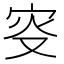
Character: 叜